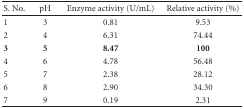
| S. No. | pH | Enzyme activity (U/mL) | Relative activity (%) |
 | --- | --- | --- | --- |
 | 1 | 3 | 0.81 | 9.53 |
 | 2 | 4 | 6.31 | 74.44 |
 | 3 | 5 | 8.47 | 100 |
 | 4 | 6 | 4.78 | 56.48 |
 | 5 | 7 | 2.38 | 28.12 |
 | 6 | 8 | 2.90 | 34.30 |
 | 7 | 9 | 0.19 | 2.31 |